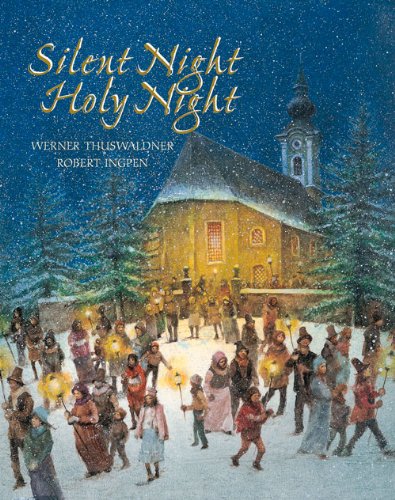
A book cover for Silent Night, Holy Night (minedition minibooks); Werner Thuswaldner; Children's Books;